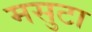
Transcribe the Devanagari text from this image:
मसुटा